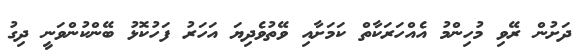
ދަށުން ރޭވި މުހިންމު އެއްހަރަކާތް ކަމަށާއި ވޭތުވެދިޔަ އަހަރު ފަހުކޮޅު ބޭންކުންވަނީ ދިގު